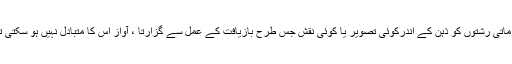
تلازماتی رشتوں کو ذہن کے اندرکوئی تصویر یا کوئی نقش جس طرح بازیافت کے عمل سے گزارتا ، آواز اس کا متبادل نہیں ہو سکتی تھی۔